NAE_ERA_R-1992_EV_Ehitusministeerium, lk 37
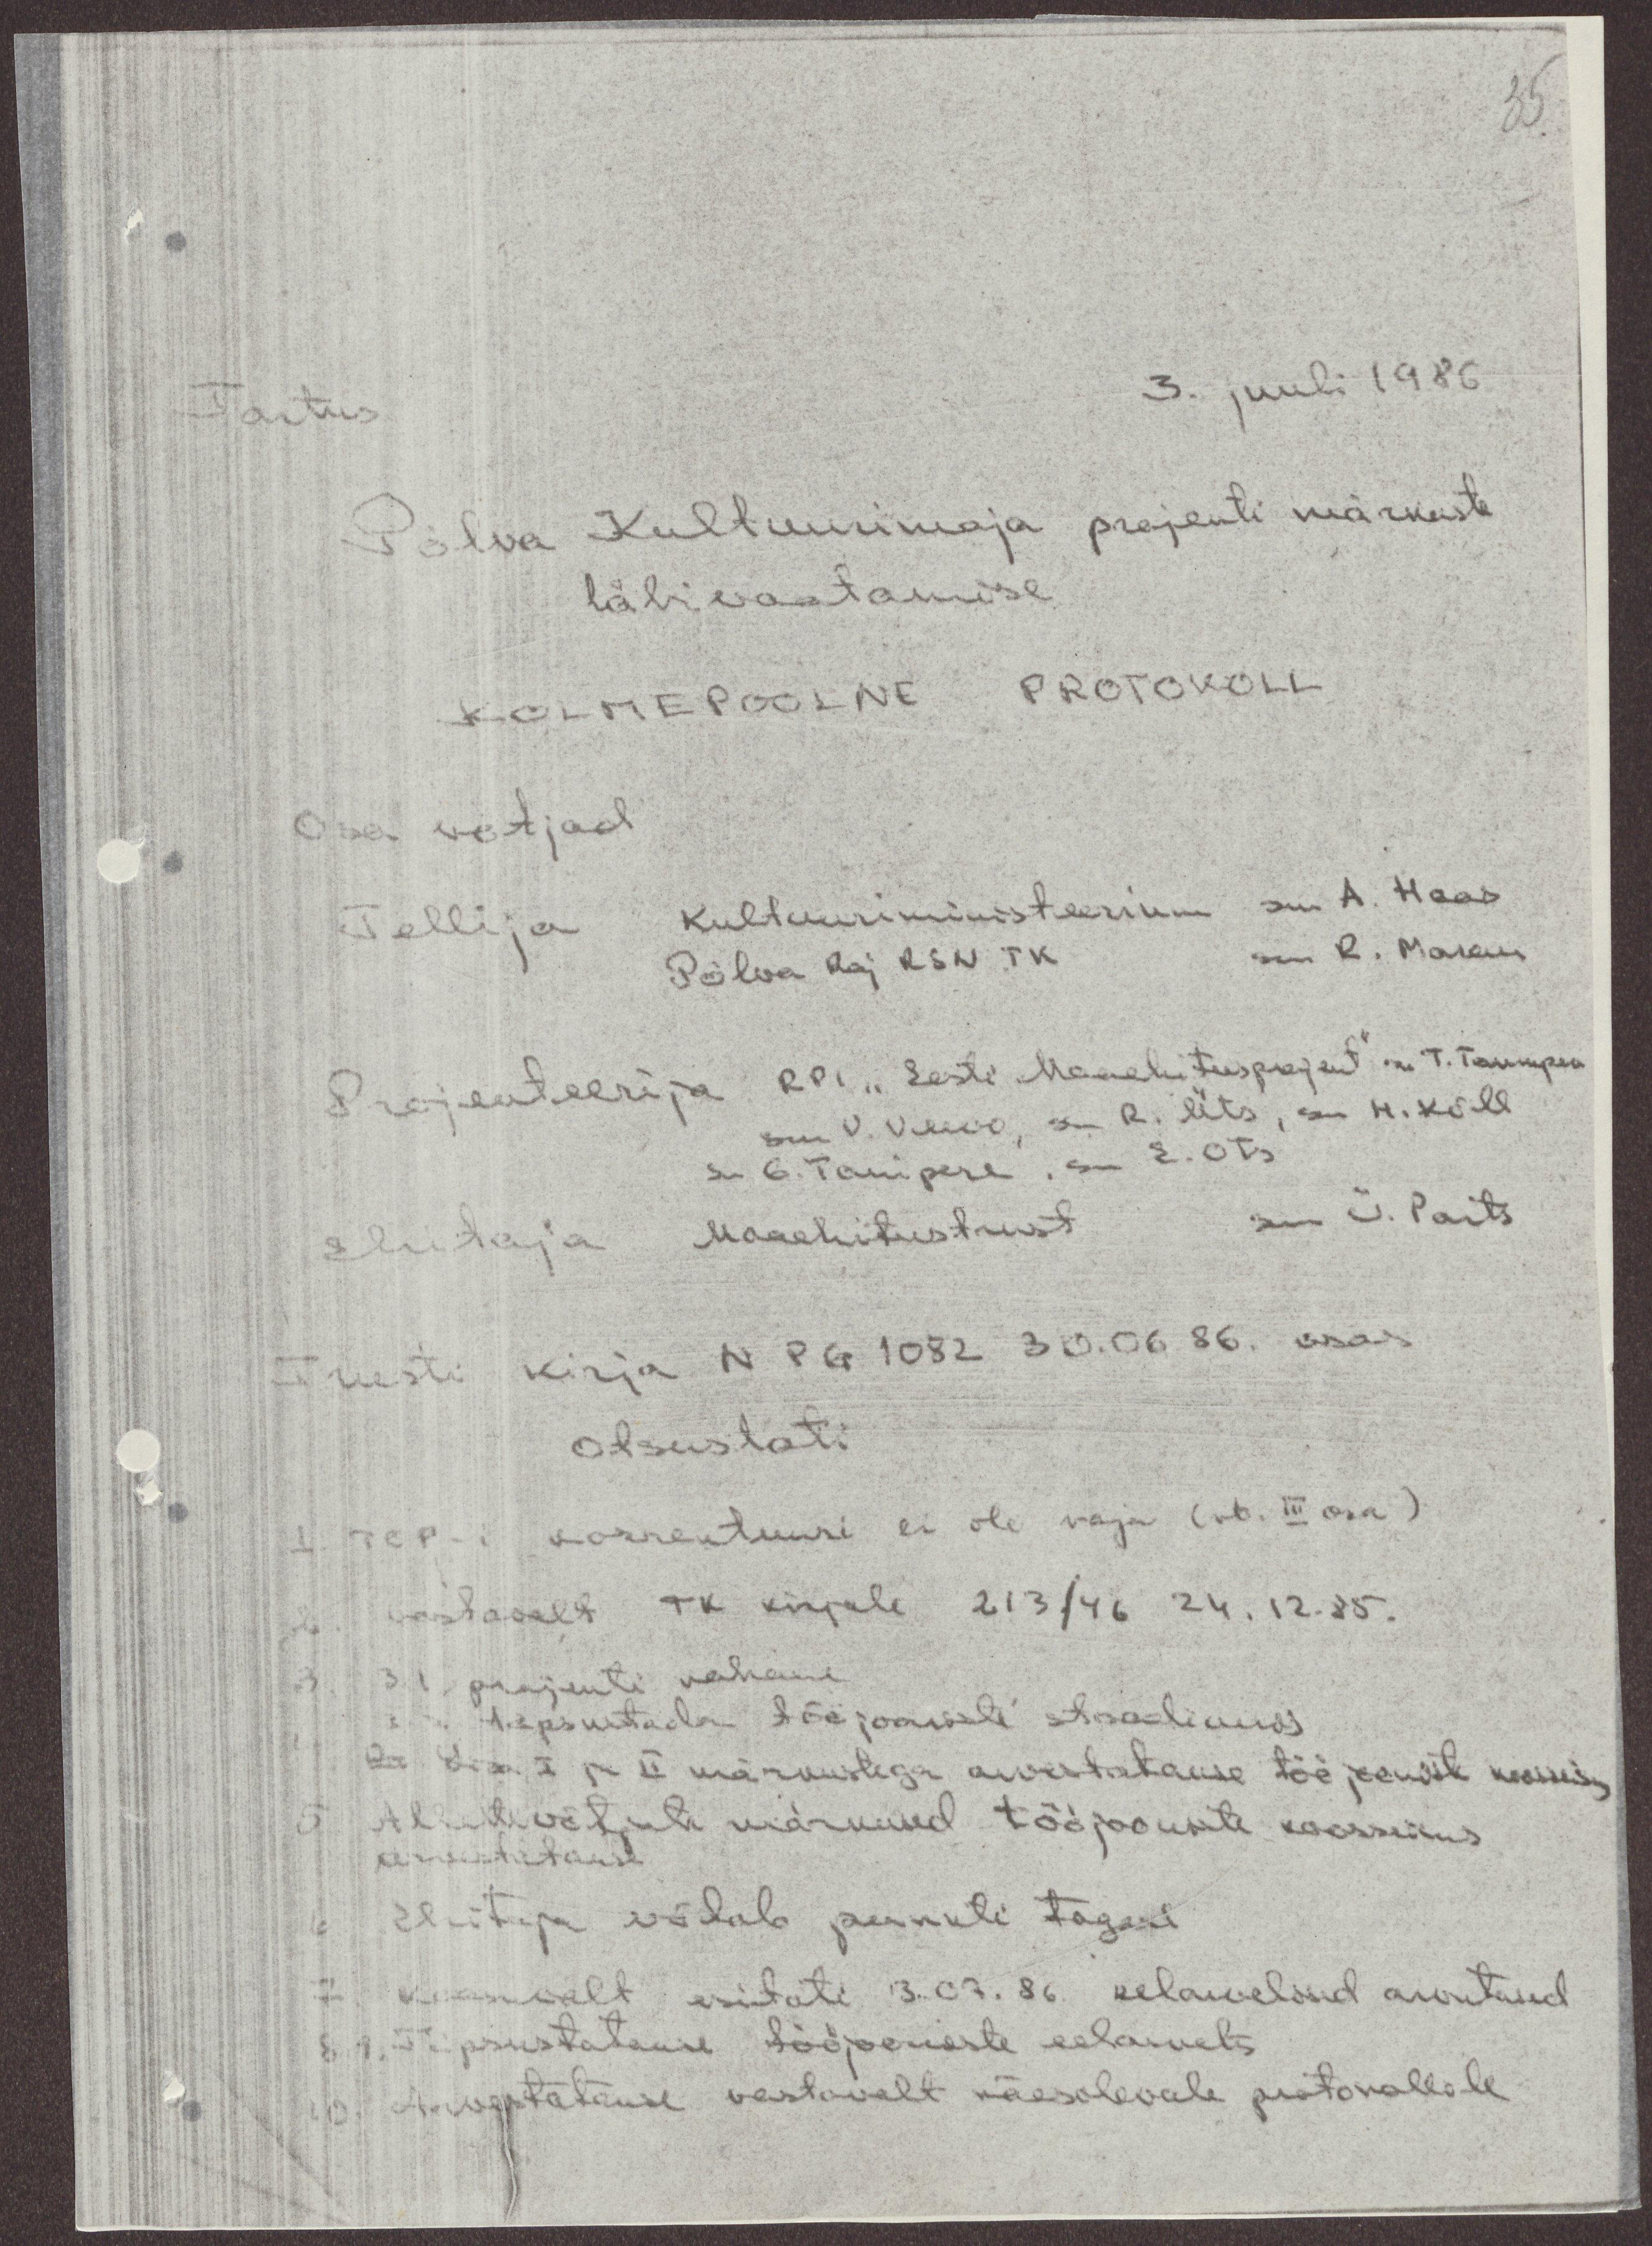
35.

Tartus
3. juuli 1986
Põlva Kultuurimaja projekti märkuste
läbivaatamise
KOLMEPOOLNE PROTOKOLL
Osa võtjad
Tellija
Kultuuriministeerium sm A. Haas
Põlva Raj RSN TK
sm R. Makus
Projekteerija RPI "Eesti Maaehitusprojekt" sm T. Tampere
sm V. Vihko, sm R. Üts, sm H. Kõll
sm G. Tanipere, sm E. Ots
Ehitaja
Maaehitustrust
sm Ü. Paits
Trusti
kirja N PG 1082 30.06.86. osas
otsustati
1. Tep-i korrektuuri ei ole vaja (rb. III osa)
2. vastavalt TK kirjale 213/46 24.12.85.
3. 3.1. projekti vahane
3.2. täpsutada tööjooniste staadiumis
4. Lisa I ja II märkustega arvestatakse töö jooniste koormis
5. Alkutavõtjate märkused tööjoonisete koosseisus
arvestatakse
6. Ehitaja võtab punkti tagasi
7. kukimiselt esitati 3.07.86 eelarvelised arvutused
8.-9. Täpsustatakse tööjooniste eelarvete
10. Arvestatakse vastavalt käesolevale protokollile